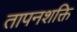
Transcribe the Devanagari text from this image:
तापनशक्ति